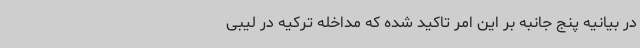
در بیانیه پنج جانبه بر این امر تاکید شده که مداخله ترکیه در لیبی